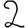
Digit: 2